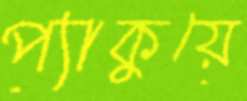
প্যাকুয়ে